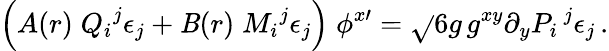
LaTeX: \Big(A(r)\; {Q_{i}}^{j}\epsilon_{j}+\mathit{B}(r)\; {M_{i}}^{j}\epsilon_{j}\Big)\; \phi^{x\prime}=\sqrt{}{{6}}g\, g^{xy}\partial_{y}P_{i}\, ^{j}\epsilon_{j}\, .